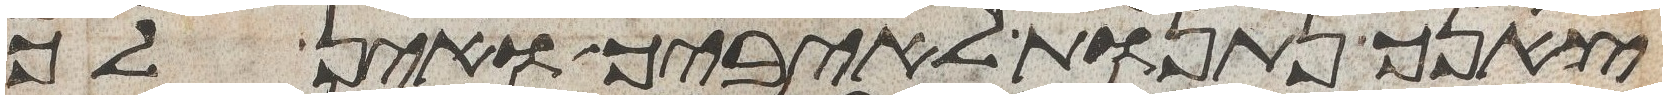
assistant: צאנך נתנות לאיביך ואין לך